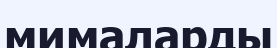
мималарды